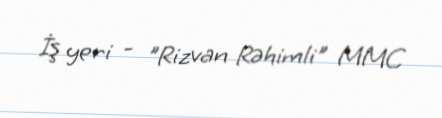
İş yeri - "Rizvan Rəhimli" MMC